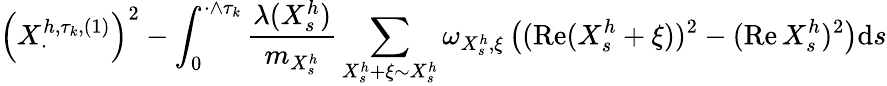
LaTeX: \left(X_{\cdot}^{h,\tau_{k},(1)}\right)^{2}-\int_{0}^{\cdot\wedge\tau_{k}}\frac{\lambda(X_{s}^{h})}{m_{X_{s}^{h}}}\sum_{X_{s}^{h}+\xi\sim X_{s}^{h}}\omega_{X_{s}^{h},\xi}\left((\operatorname{Re}(X_{s}^{h}+\xi))^{2}-(\operatorname{Re}X_{s}^{h})^{2}\right)\mathrm{d}s